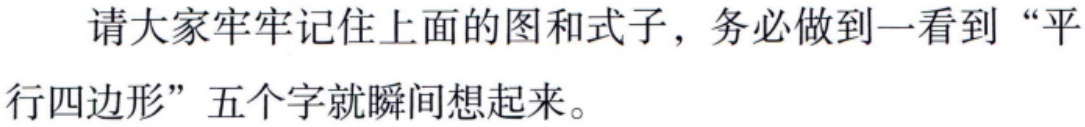
请大家牢牢记住上面的图和式子，务必做到一看到“平行四边形”五个字就瞬间想起来。